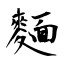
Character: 麵